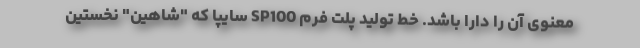
معنوی آن را دارا باشد. خط تولید پلت فرم SP100 سایپا که "شاهین" نخستین